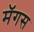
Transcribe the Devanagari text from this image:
मॅगस